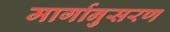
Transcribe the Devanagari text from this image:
मार्गानुसरण